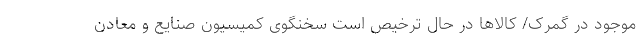
موجود در گمرک/ کالاها در حال ترخیص است سخنگوی کمیسیون صنایع و معادن